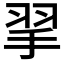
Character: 𢬙